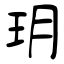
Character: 玥